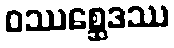
ဝဿစ္ဆေဒဿ